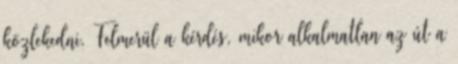
közlekedni. Felmerül a kérdés, mikor alkalmatlan az út a